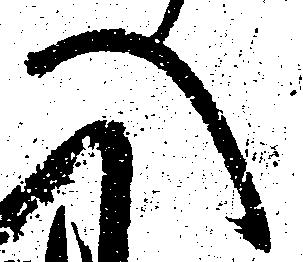
へ